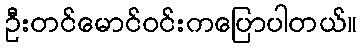
ဦးတင်မောင်ဝင်းကပြောပါတယ်။